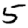
Digit: 5